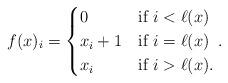
LaTeX: \begin{align*} f(x)_i= \begin{cases} 0 & \textrm{if } i< \ell(x) \\ x_i+1 & \textrm{if } i=\ell(x) \\ x_{i} & \textrm{if } i>\ell(x). \end{cases}. \end{align*}